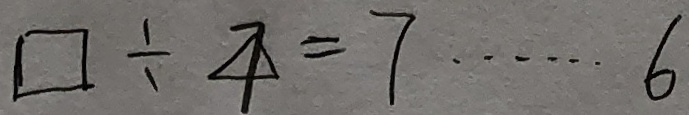
\square \div 7 = 7 \cdots 6